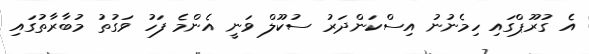
އެ ގުރޫޕްގައި ހިމެނުނު އިސްކަންދަރު ސުކޫލް ވަނީ އެންމެ ފަހު ވަގުތު މުބާރާތުގައި